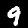
Digit: 9